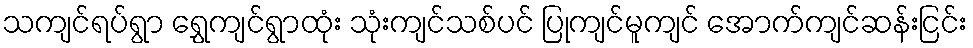
သကျင်ရပ်ရွာ ရွှေကျင်ရွာထုံး သုံးကျင်သစ်ပင် ပြုကျင်မူကျင် အောက်ကျင်ဆန်းငြင်း